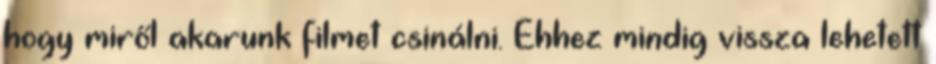
hogy miről akarunk filmet csinálni. Ehhez mindig vissza lehetett